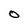
Character: O